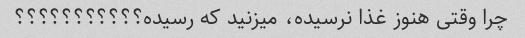
چرا وقتی هنوز غذا نرسیده، میزنید که رسیده؟؟؟؟؟؟؟؟؟؟؟